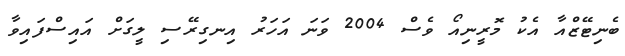
ބެނިޓޭޒްއާ އެކު މޮރީނިއޯ ވެސް 2004 ވަނަ އަހަރު އިނގިރޭސި ލީގަށް އައިސްފައިވާ